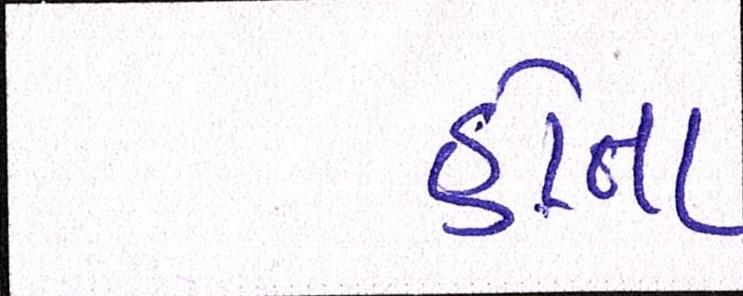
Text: હોતા